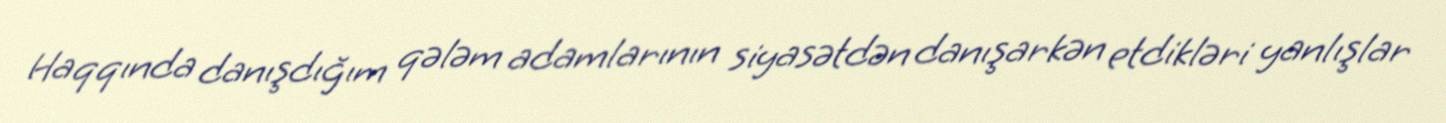
Haqqında danışdığım qələm adamlarının siyasətdən danışarkən etdikləri yanlışlar